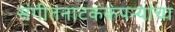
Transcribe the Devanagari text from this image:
संगीतनाटककंपन्यांचा